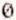
0